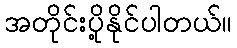
အတိုင်းပို့နိုင်ပါတယ်။